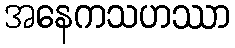
အနေကသဟဿာ